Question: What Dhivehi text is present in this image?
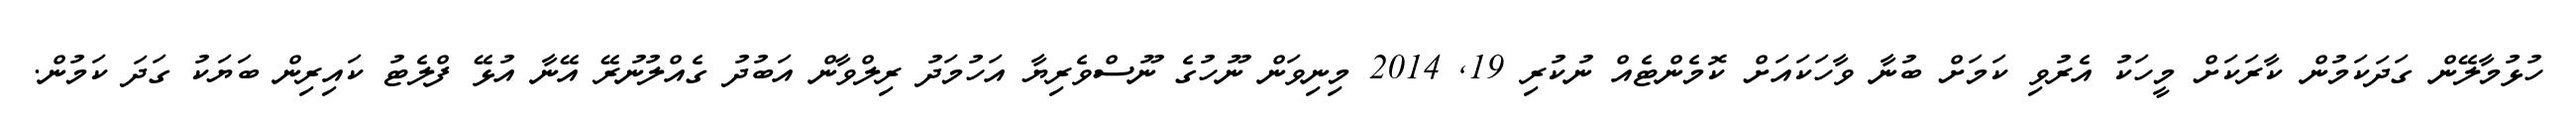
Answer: ހުޅުމާލޭން ގަދަކަމުން ކާރަކަށް މީހަކު އެރުވި ކަމަށް ބުނާ ވާހަކައަށް ކޮމެންޓެއް ނުކުރި 19, 2014 މިނިވަން ނޫހުގެ ނޫސްވެރިޔާ އަހުމަދު ރިލްވާން އަބުދު ގެއްލުނުރޭ އޭނާ އުޅޭ ފްލެޓު ކައިރިން ބަޔަކު ގަދަ ކަމުން.